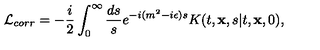
{ \cal L } _ { c o r r } = - { \frac { i } { 2 } } \int _ { 0 } ^ { \infty } { \frac { d s } { s } } e ^ { - i ( m ^ { 2 } - i \epsilon ) s } K ( t , { \bf x } , s \vert t , { \bf x } , 0 ) ,